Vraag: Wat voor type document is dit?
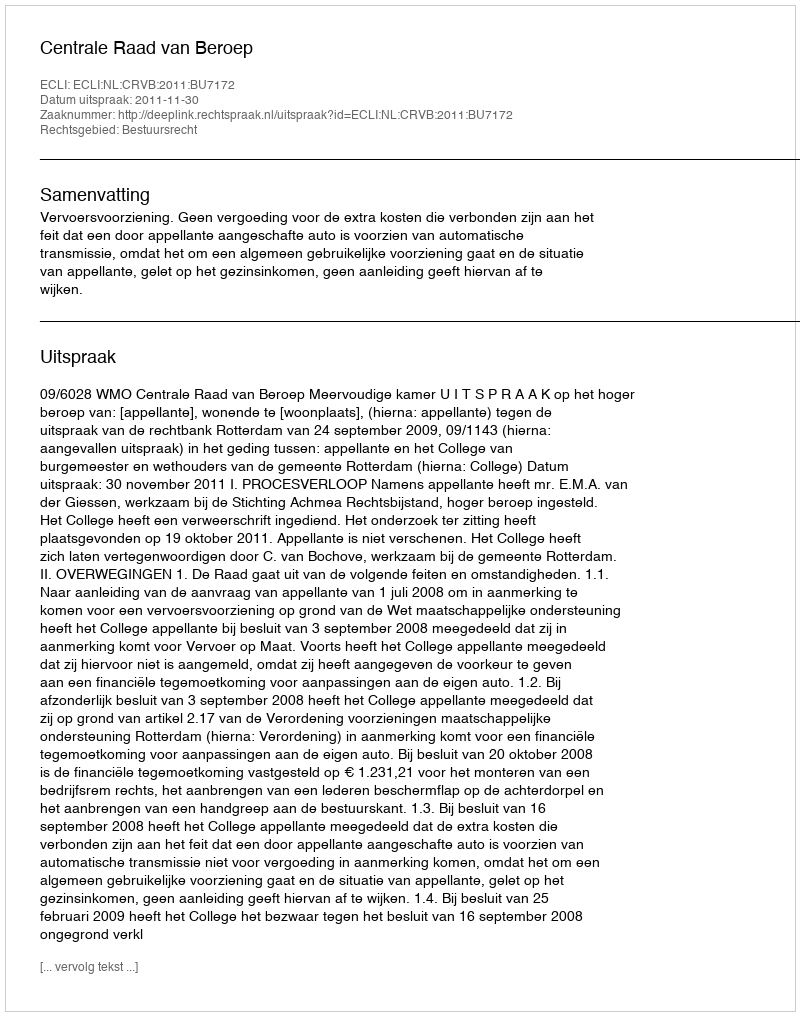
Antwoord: Uitspraak